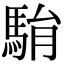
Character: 𩢺